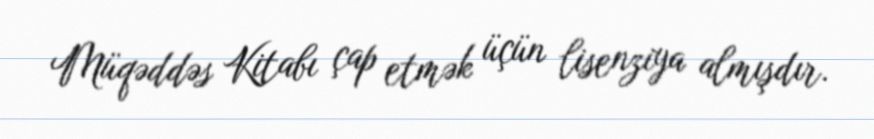
Müqəddəs Kitabı çap etmək üçün lisenziya almışdır.